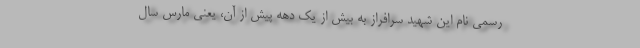
رسمی نام این شهید سرافراز به بیش از یک دهه پیش از آن، یعنی مارس سال